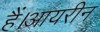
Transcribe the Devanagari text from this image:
हैं।आयरीन